On the standardisation of anti-typhoid vaccine - Number 21
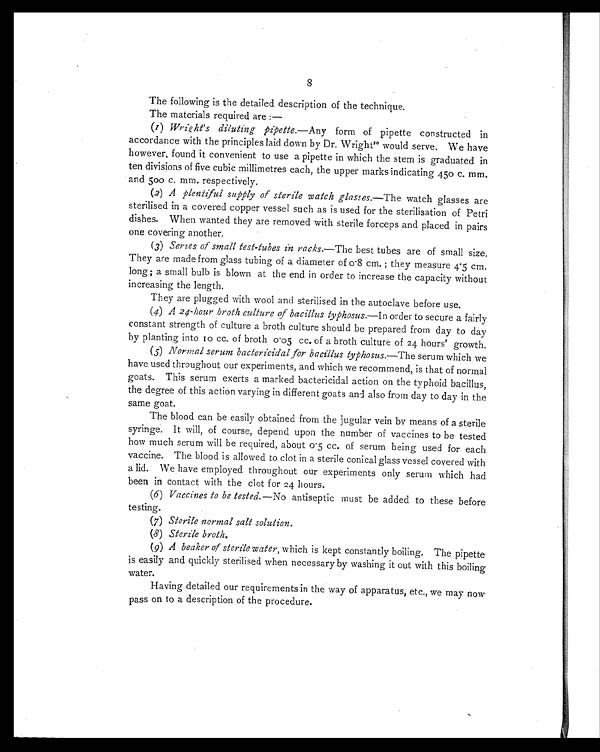
8
The following is the detailed description of the technique.
The materials required are:—
(1) Wright's diluting pipette. —Any form of pipette constructed in
accordance with the principles laid down by Dr. Wright 20would serve, We have
however, found it convenient to use a pipette in which the stem is graduated in
ten divisions of five cubic millimetres each, the upper marks indicating 450 c. mm.
and 500 c. mm. respectively.
(2) A plentiful supply of sterile watch glasses. —The watch glasses are
sterilised in a covered copper vessel such as is used for the sterilisation of Petri
dishes. When wanted they are removed with sterile forceps and placed in pairs
one covering another.
(3) Series of small test-tubes in racks.—The best tubes are of small size.
They are made from glass tubing of a diameter of 0.8 cm.; they measure 4.5 cm.
long ; a small bulb is blown at the end in order to increase the capacity without
increasing the length.
They are plugged with wool and sterilised in the autoclave before use.
(4) A 24-hour broth culture of bacillus typhosus.—In order to secure a fairly
constant strength of culture a broth culture should be prepared from day to day
by planting into 10 cc. of broth 0.05 cc. of a broth culture of 24 hours' growth.
(5) Normal serum bactericidal for bacillus typhosus. —The serum which we
have used throughout our experiments, and which we recommend, is that of normal
goats. This serum exerts a marked bactericidal action on the typhoid bacillus,
the degree of this action varying in different goats and also from day to day in the
same goat.
The blood can be easily obtained from the jugular vein by means of a sterile
syringe. It will, of course, depend upon the number of vaccines to be tested
how much serum will be required, about 0.5 cc. of serum being used for each
vaccine. The blood is allowed to clot in a sterile conical glass vessel covered with
a lid. We have employed throughout our experiments only serum which had
been in contact with the clot for 24 hours.
(6) Vaccines to be tested. —No antiseptic must be added to these before
testing.
(7) Sterile normal salt solution.
(8) Sterile broth.
(9) A beaker of sterile water, which is kept constantly boiling. The pipette
is easily and quickly sterilised when necessary by washing it out with this boiling
water.
Having detailed our requirements in the way of apparatus, etc., we may now
pass on to a description of the procedure.